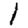
Digit: 1